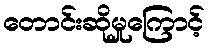
တောင်းဆိုမှုကြောင့်